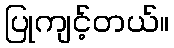
ပြုကျင့်တယ်။